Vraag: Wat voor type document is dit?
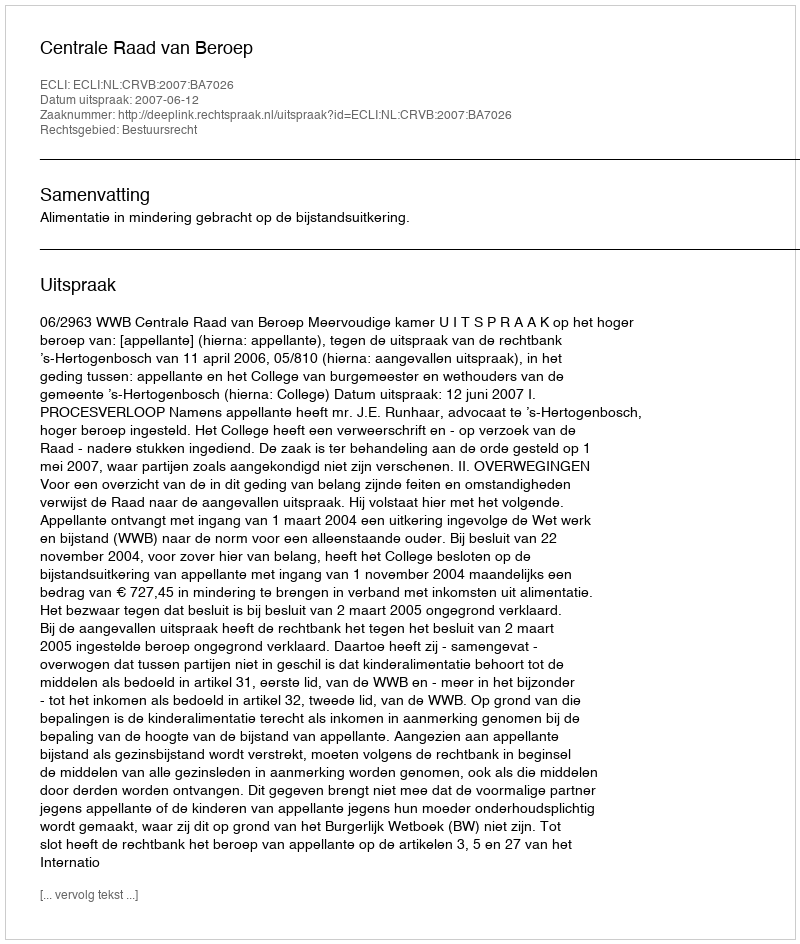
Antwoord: Uitspraak